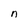
Character: n